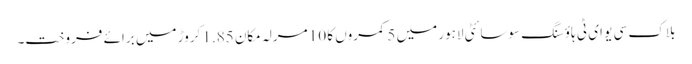
بلاک سی یو ای ٹی ہاؤسنگ سوسائٹی لاہور میں 5 کمروں کا 10 مرلہ مکان 1.85 کروڑ میں برائے فروخت۔